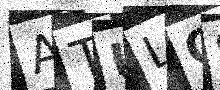
Text: ATULQ9